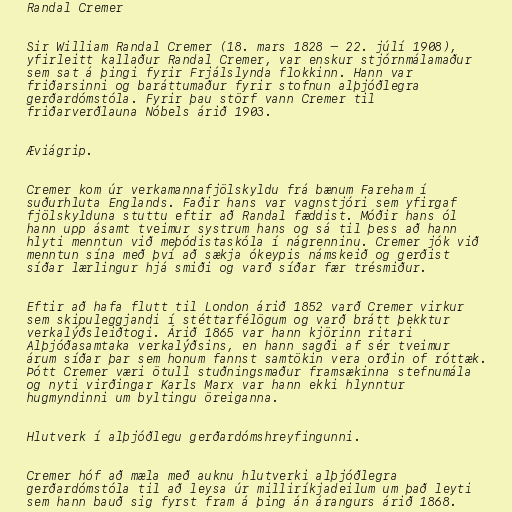
Randal Cremer

Sir William Randal Cremer (18. mars 1828 – 22. júlí 1908),
yfirleitt kallaður Randal Cremer, var enskur stjórnmálamaður
sem sat á þingi fyrir Frjálslynda flokkinn. Hann var
friðarsinni og baráttumaður fyrir stofnun alþjóðlegra
gerðardómstóla. Fyrir þau störf vann Cremer til
friðarverðlauna Nóbels árið 1903.

Æviágrip.

Cremer kom úr verkamannafjölskyldu frá bænum Fareham í
suðurhluta Englands. Faðir hans var vagnstjóri sem yfirgaf
fjölskylduna stuttu eftir að Randal fæddist. Móðir hans ól
hann upp ásamt tveimur systrum hans og sá til þess að hann
hlyti menntun við meþódistaskóla í nágrenninu. Cremer jók við
menntun sína með því að sækja ókeypis námskeið og gerðist
síðar lærlingur hjá smiði og varð síðar fær trésmiður.

Eftir að hafa flutt til London árið 1852 varð Cremer virkur
sem skipuleggjandi í stéttarfélögum og varð brátt þekktur
verkalýðsleiðtogi. Árið 1865 var hann kjörinn ritari
Alþjóðasamtaka verkalýðsins, en hann sagði af sér tveimur
árum síðar þar sem honum fannst samtökin vera orðin of róttæk.
Þótt Cremer væri ötull stuðningsmaður framsækinna stefnumála
og nyti virðingar Karls Marx var hann ekki hlynntur
hugmyndinni um byltingu öreiganna.

Hlutverk í alþjóðlegu gerðardómshreyfingunni.

Cremer hóf að mæla með auknu hlutverki alþjóðlegra
gerðardómstóla til að leysa úr milliríkjadeilum um það leyti
sem hann bauð sig fyrst fram á þing án árangurs árið 1868.